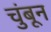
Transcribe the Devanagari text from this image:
चुंबून